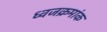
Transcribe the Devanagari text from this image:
ध्वजक्रमांक